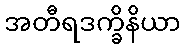
အတီရဒက္ခိနိယာ